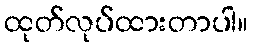
ထုတ်လုပ်ထားတာပါ။